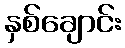
နှစ်ချောင်း